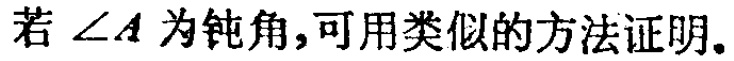
若\(\angle A\)为钝角,可用类似的方法证明.